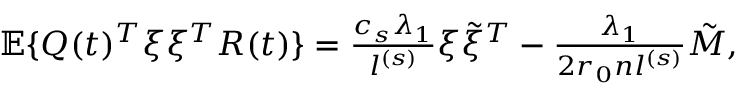
\begin{array} { r } { \mathbb { E } \{ Q ( t ) ^ { T } \xi \xi ^ { T } R ( t ) \} = \frac { c _ { s } \lambda _ { 1 } } { l ^ { ( s ) } } \xi \tilde { \xi } ^ { T } - \frac { \lambda _ { 1 } } { 2 r _ { 0 } n l ^ { ( s ) } } \tilde { M } , } \end{array}